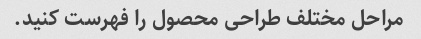
مراحل مختلف طراحی محصول را فهرست کنید.